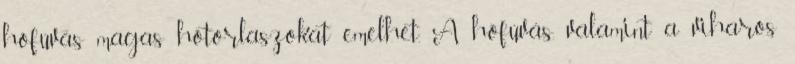
hófúvás magas hótorlaszokat emelhet. A hófúvás, valamint a viharos